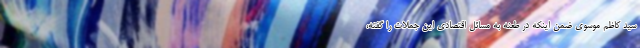
سید کاظم موسوی ضمن اینکه در طعنه به مسائل اقتصادی این جملات را گفته،